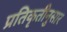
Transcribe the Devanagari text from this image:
प्रतिकृतीनुसार